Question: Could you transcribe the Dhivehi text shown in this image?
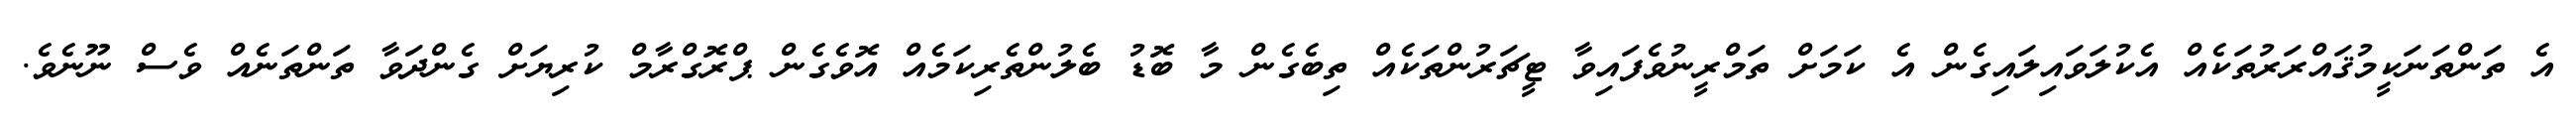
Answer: އެ ތަންތަނަކީމުޤައްރަރުތަކެއް އެކުލަވައިލައިގެން އެ ކަމަށް ތަމްރީނުވެފައިވާ ޓީޗަރުންތަކެއް ތިބެގެން މާ ބޮޑު ބެލުންތެރިކަމެއް އޮވެގެން ޕްރޮގްރާމް ކުރިޔަށް ގެންދަވާ ތަންތަނެއް ވެސް ނޫނެވެ.